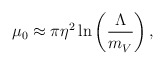
\begin{align*}\mu_0 \approx \pi\eta^2\ln\left(\frac{\Lambda}{m_V^{}}\right),\end{align*}